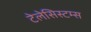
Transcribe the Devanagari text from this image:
टेलेसिस्टम्स